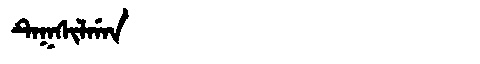
Manchu: ᡨᡝᡴᠰᡳᠯᡤᠠᠨ
Romanization: TEKSILGAN